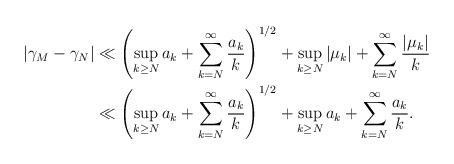
LaTeX: \begin{align*}|\gamma_M-\gamma_N|& \ll \left(\sup_{k\geq N} a_k+\sum_{k= N}^{\infty} \frac{a_k}{k}\right)^{1/2} + \sup_{k\geq N} |\mu_k| + \sum_{k=N}^\infty \frac{|\mu_k|}{k}\\& \ll \left(\sup_{k\geq N} a_k+\sum_{k= N}^{\infty} \frac{a_k}{k}\right)^{1/2} + \sup_{k\geq N} a_k + \sum_{k=N}^\infty \frac{a_k}{k}.\end{align*}